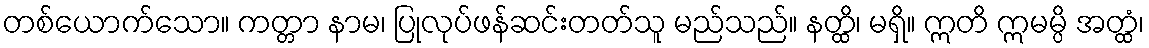
တစ်ယောက်သော။ ကတ္တာ နာမ၊ ပြုလုပ်ဖန်ဆင်းတတ်သူ မည်သည်။ နတ္ထိ၊ မရှိ။ ဣတိ ဣမမ္ပိ အတ္ထံ၊